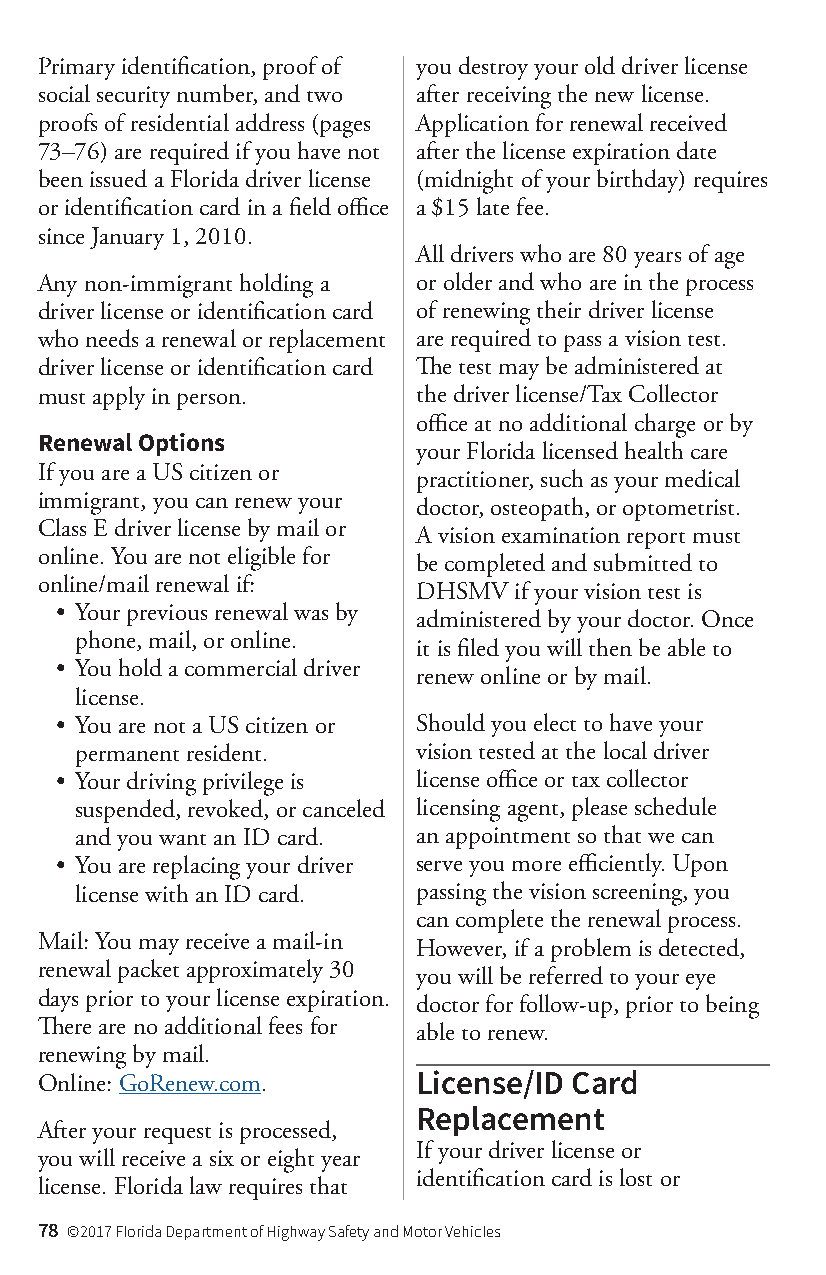
Primary identification, proof of you destroy your old driver license
 social security number, and two after receiving the new license.
 proofs of residential address (pages Application for renewal received
 73–76) are required if you have not after the license expiration date
 been issued a Florida driver license (midnight of your birthday) requires
 or identification card in a field office a $15 late fee.
 since January 1, 2010.
 All drivers who are 80 years of age
 Any non-immigrant holding a or older and who are in the process
 driver license or identification card of renewing their driver license
 who needs a renewal or replacement are required to pass a vision test.
 driver license or identification card The test may be administered at
 must apply in person.     the driver license/Tax Collector
 office at no additional charge or by
 Renewal Options
 your Florida licensed health care
 If you are a US citizen or
 practitioner, such as your medical
 immigrant, you can renew your
 doctor, osteopath, or optometrist.
 Class E driver license by mail or
 A vision examination report must
 online. You are not eligible for
 be completed and submitted to
 online/mail renewal if:
 DHSMV if your vision test is
 • Your previous renewal was by
 administered by your doctor. Once
 phone, mail, or online.
 it is filed you will then be able to
 • You hold a commercial driver
 renew online or by mail.
 license.
 • You are not a US citizen or Should you elect to have your
 permanent resident.    vision tested at the local driver
 • Your driving privilege is license office or tax collector
 suspended, revoked, or canceled licensing agent, please schedule
 and you want an ID card. an appointment so that we can
 • You are replacing your driver serve you more efficiently. Upon
 license with an ID card. passing the vision screening, you
 can complete the renewal process.
 Mail: You may receive a mail-in However, if a problem is detected,
 renewal packet approximately 30 you will be referred to your eye
 days prior to your license expiration. doctor for follow-up, prior to being
 There are no additional fees for able to renew.
 renewing by mail.
 Online: GoRenew.com.      License/ID Card
 Replacement
 After your request is processed,
 If your driver license or
 you will receive a six or eight year
 identification card is lost or
 license. Florida law requires that
 78 ©2017 Florida Department of Highway Safety and Motor Vehicles